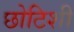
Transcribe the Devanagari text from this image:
छोटिशी